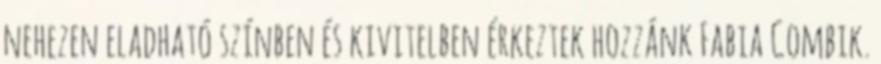
nehezen eladható színben és kivitelben érkeztek hozzánk Fabia Combik.